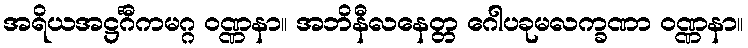
အရိယအဋ္ဌင်္ဂီကမဂ္ဂ ဝဏ္ဏနာ။ အဘိနီလနေတ္တ ဂေါပခုမလက္ခဏာ ဝဏ္ဏနာ။